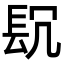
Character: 𨱤